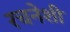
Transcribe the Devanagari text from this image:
रचनेशी